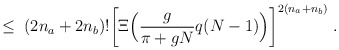
\begin{align*}\leq \;(2n_a + 2n_b)! \bigg[ \Xi \Big(\frac{g}{\pi+gN}q(N-1)\Big)\bigg]^{2(n_a+n_b)} \; .\end{align*}